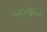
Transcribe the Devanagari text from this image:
तसरफ़ात